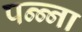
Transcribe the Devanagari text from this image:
पन्‍न्‍ना